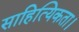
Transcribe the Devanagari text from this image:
साहित्यिकता।